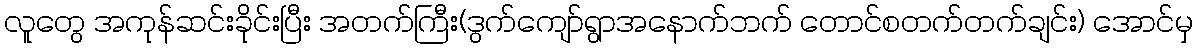
လူတွေ အကုန်ဆင်းခိုင်းပြီး အတက်ကြီး(ဒွက်ကျော်ရွာအနောက်ဘက် တောင်စတက်တက်ချင်း) အောင်မှ